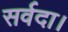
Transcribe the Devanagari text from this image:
सर्वदा।